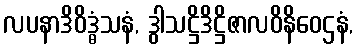
လပနာဒိဝိဒ္ဓံသနံ, ဒွါသဋ္ဌိဒိဋ္ဌိဇာလဝိနိဝေဌနံ,